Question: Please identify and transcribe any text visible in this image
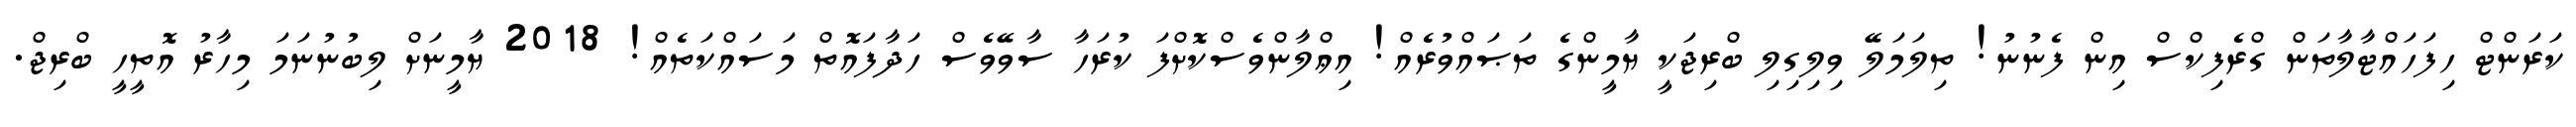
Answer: ކަރަންޓް ހިފަހައްޓާލާތަން ގްރެފިކްސް އިން ފެނުނު! ތިލަމަލޭ ވިލިގިލި ބްރިޖަކީ ޔާމީންގެ ތަޞައްވުރެއް! އިޢްލާންވެސްކޮށްފަ ކުރަހާ ސާވޭވެސް ހަދާފައޮތް މަސައްކަތެއް! 2018 ޔާމީނަށް ލިބުނުނަމަ މިހާރު އޮތީހީ ބްރިޖް.